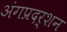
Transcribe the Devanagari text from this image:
अंगप्रदर्शन